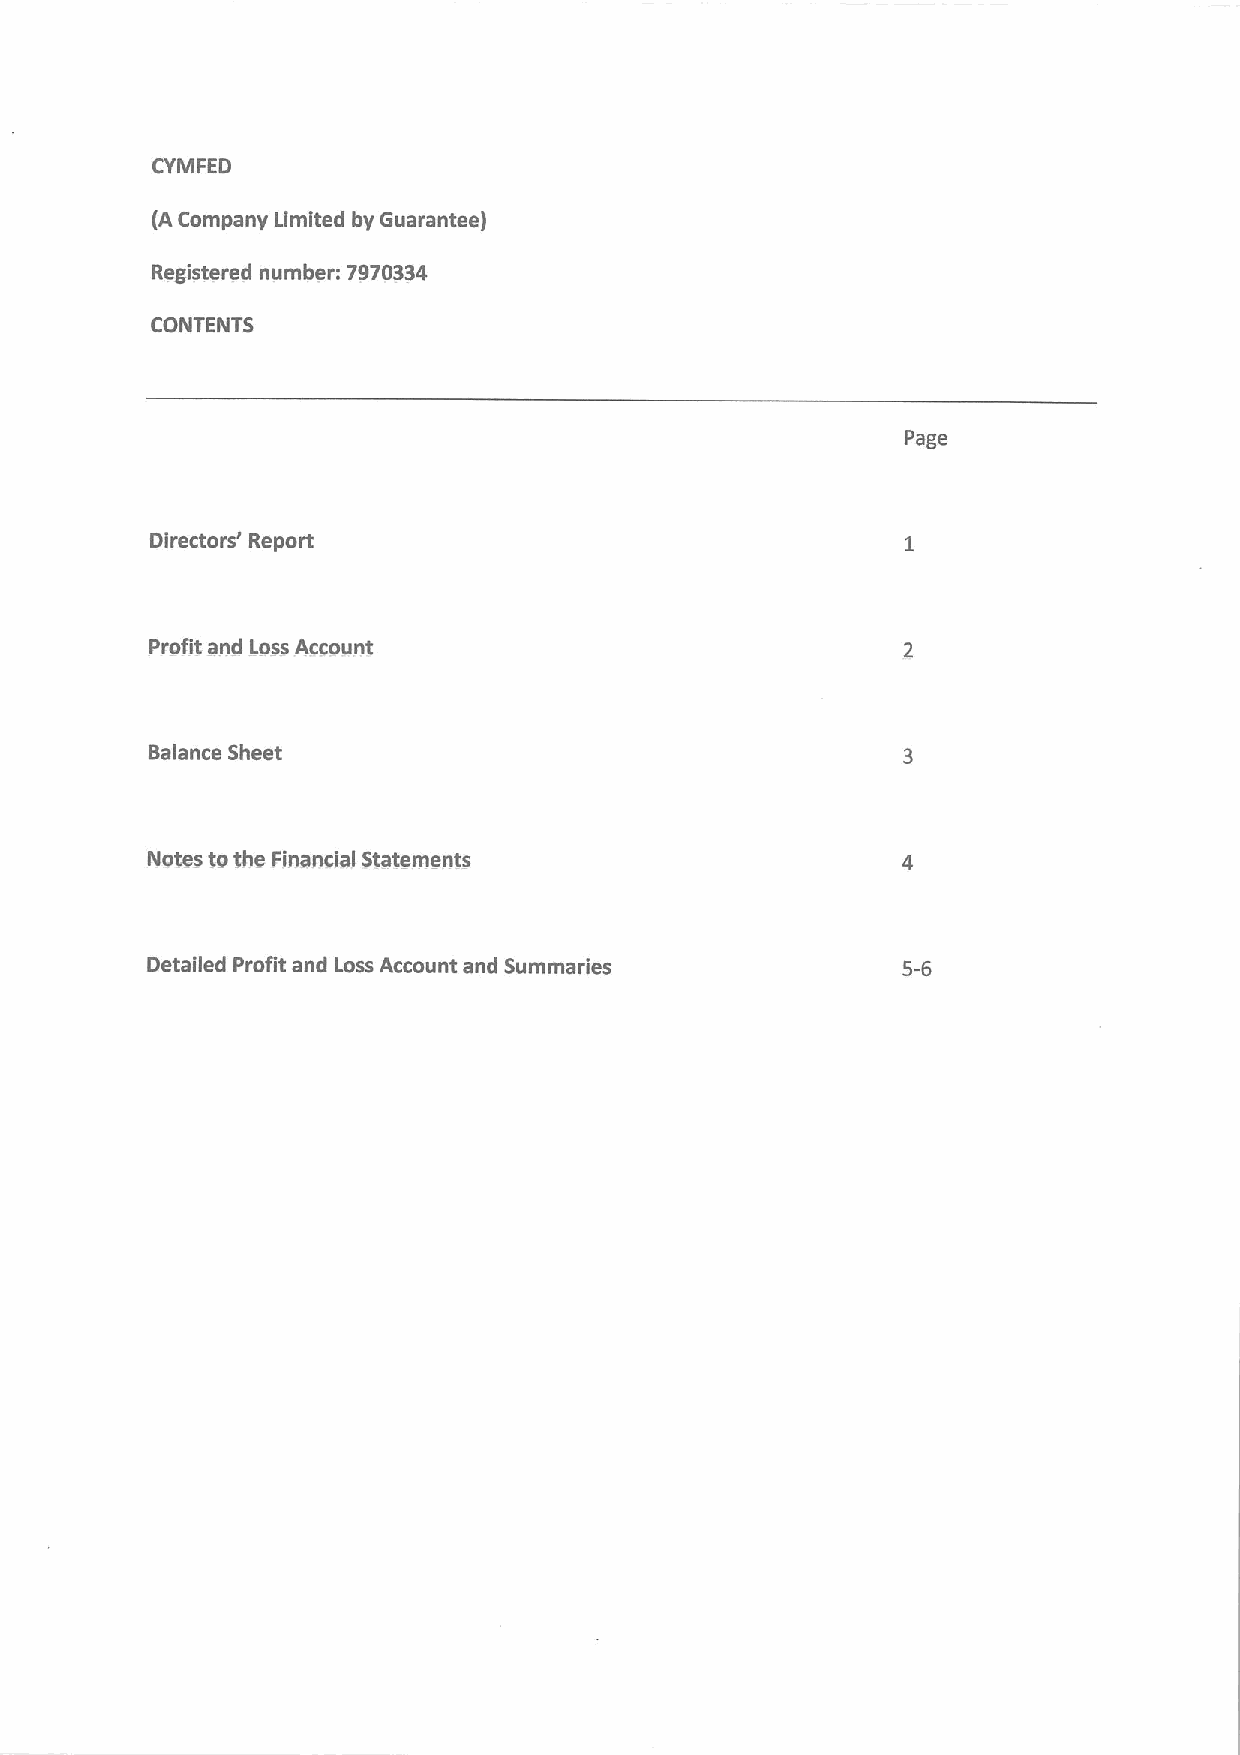
CYMFED
 (ACompany Limited by Guarantee)
 Registered number: 7970334
 CONTENTS
 Page
 Directors' Report
 Profit and Loss Account
 Balance Sheet
 Notes tothe Financial Statements
 Detailed Profit and Loss Account and Summaries    5-6